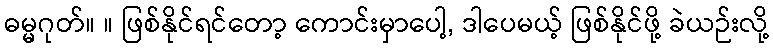
ဓမ္မဂုတ်။ ။ ဖြစ်နိုင်ရင်တော့ ကောင်းမှာပေါ့, ဒါပေမယ့် ဖြစ်နိုင်ဖို့ ခဲယဉ်းလို့